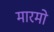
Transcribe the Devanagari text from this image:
मारमो